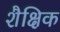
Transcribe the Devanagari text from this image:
शैक्षिक